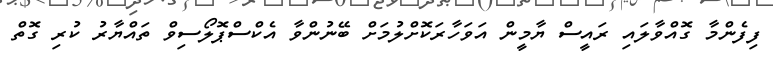
ފިފެންމާ ގޮއްވާލައި ރައީސް ޔާމީން އަވަހާރަކޮށްލުމަށް ބޭނުންވާ އެކްސްޕޮލޯސިވް ތައްޔާރު ކުރި ގޮތް